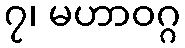
၇၊ မဟာဝဂ္ဂ